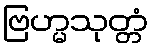
ဗြဟ္မသုတ္တံ